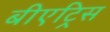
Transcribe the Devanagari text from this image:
बीएट्रिस